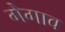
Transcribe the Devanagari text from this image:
गेगाव